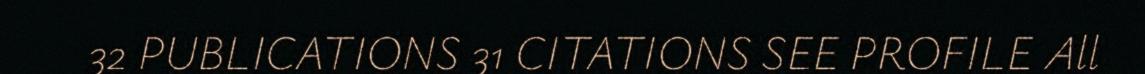
32 PUBLICATIONS 31 CITATIONS SEE PROFILE All